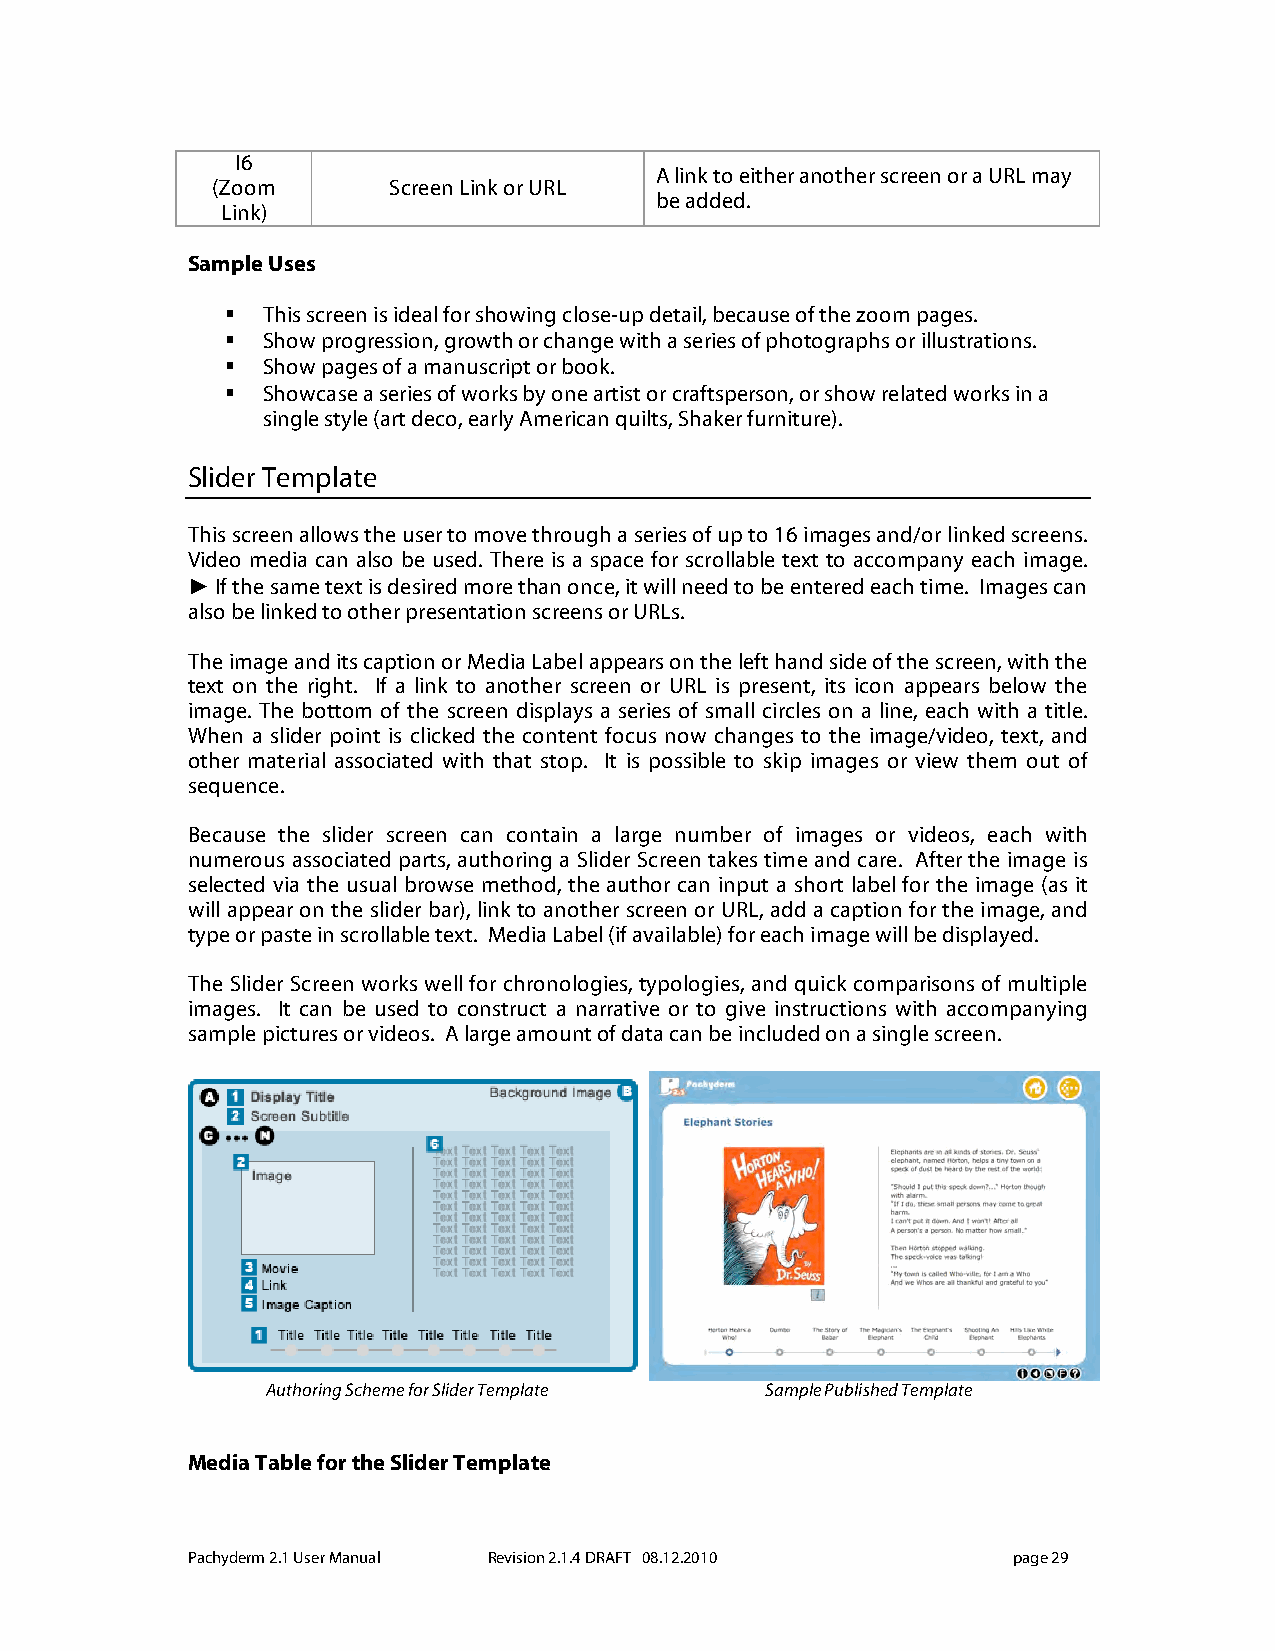
I6
 A link to either another screen or a URL may
 (Zoom       Screen Link or URL
 be added.
 Link)
 Sample Uses
  This screen is ideal for showing close-up detail, because of the zoom pages.
  Show progression, growth or change with a series of photographs or illustrations.
  Show pages of a manuscript or book.
  Showcase a series of works by one artist or craftsperson, or show related works in a
 single style (art deco, early American quilts, Shaker furniture).
 Slider Template
 This screen allows the user to move through a series of up to 16 images and/or linked screens.
 Video media can also be used. There is a space for scrollable text to accompany each image.
 ► If the same text is desired more than once, it will need to be entered each time. Images can
 also be linked to other presentation screens or URLs.
 The image and its caption or Media Label appears on the left hand side of the screen, with the
 text on the right. If a link to another screen or URL is present, its icon appears below the
 image. The bottom of the screen displays a series of small circles on a line, each with a title.
 When a slider point is clicked the content focus now changes to the image/video, text, and
 other material associated with that stop. It is possible to skip images or view them out of
 sequence.
 Because the slider screen can contain a large number of images or videos, each with
 numerous associated parts, authoring a Slider Screen takes time and care. After the image is
 selected via the usual browse method, the author can input a short label for the image (as it
 will appear on the slider bar), link to another screen or URL, add a caption for the image, and
 type or paste in scrollable text. Media Label (if available) for each image will be displayed.
 The Slider Screen works well for chronologies, typologies, and quick comparisons of multiple
 images. It can be used to construct a narrative or to give instructions with accompanying
 sample pictures or videos. A large amount of data can be included on a single screen.
 Authoring Scheme for Slider Template Sample Published Template
 Media Table for the Slider Template
 Pachyderm 2.1 User Manual Revision 2.1.4 DRAFT 08.12.2010 page 29